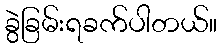
ခွဲခြမ်းရခက်ပါတယ်။